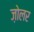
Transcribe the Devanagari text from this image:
ज़ोलर